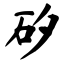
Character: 矽